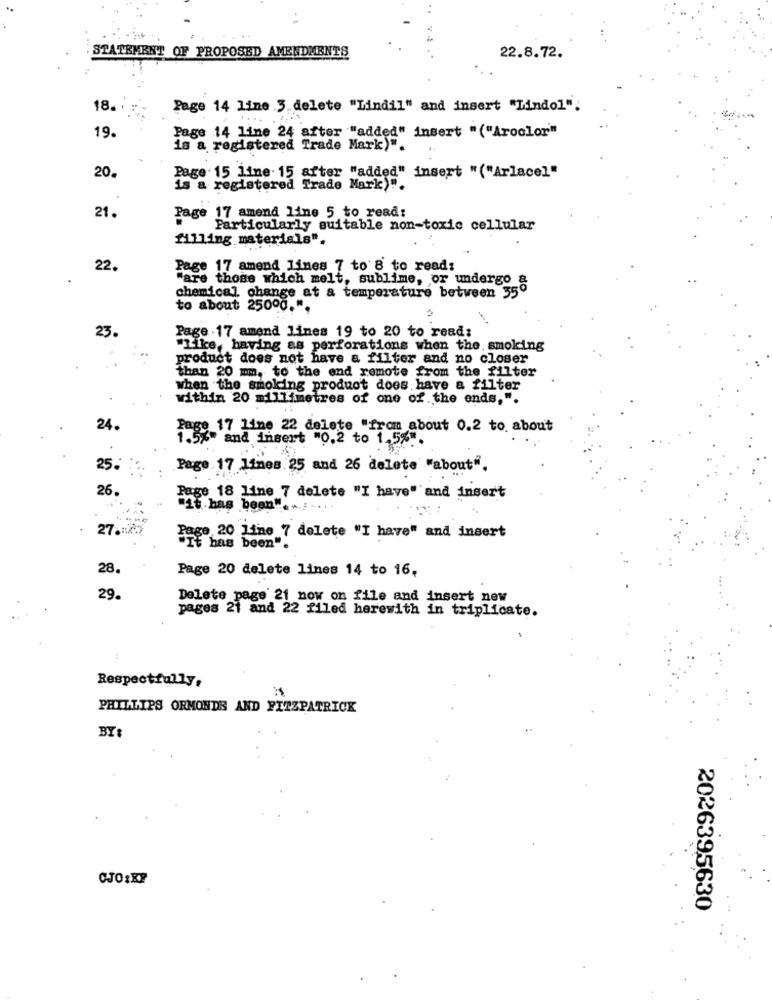
STATEMENT OF PROPOSED AMENDMENTS
22.8.72.
18.
Page 14 line .3.delete "Lindil" and insert "Lindol".
19
Page 14 line 24 after "added" insert "("Aroolor"
is a registered Trade Mark)".
20.
Page 15 line. 15 after "added" insert "("Arlacel"
is a registered Trade Mark)".
21.
Page 17 amend line 5 to read:
Particularly suitable non-toxic cellular
filling materials".
22.
Page 17 amend lines 7 to'8 to read:
"are those which melt, sublime, or undergo &
chemical change at a temperature between 350
to about 25000.".
Page .17 amend lines 19 to 20 to read:
23
"Like, having as perforations when the smoking
product does not have a filter and no closer
than 20 mm, to the end remote from the filter
when the smoking produot does have a filter
within 20 millimetres of one of the ends,".
24.
Page 17 line 22 delete "from about 0.2 to about
and insert "0,2 to 1,5%".
25
Page 17 lines. 25 and 26 delete "about".
26.
Page 18 line 7 delete "I have" and insert
"it has been" .......
27.18
ge 20 lime 7 delete "I have" and insert
TE has been".
28.
Page 20 delete lines 14 to 16,
29.
Delete page 21 now on file and insert new
pages 21 and 22 filed herewith in triplicate.
Respectfully,
PHILLIPS ORMONDS AND FITZPATRICK
BY:
CJO:XP
2026395630